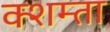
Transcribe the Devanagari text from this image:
क्शम्ता